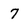
Character: 7